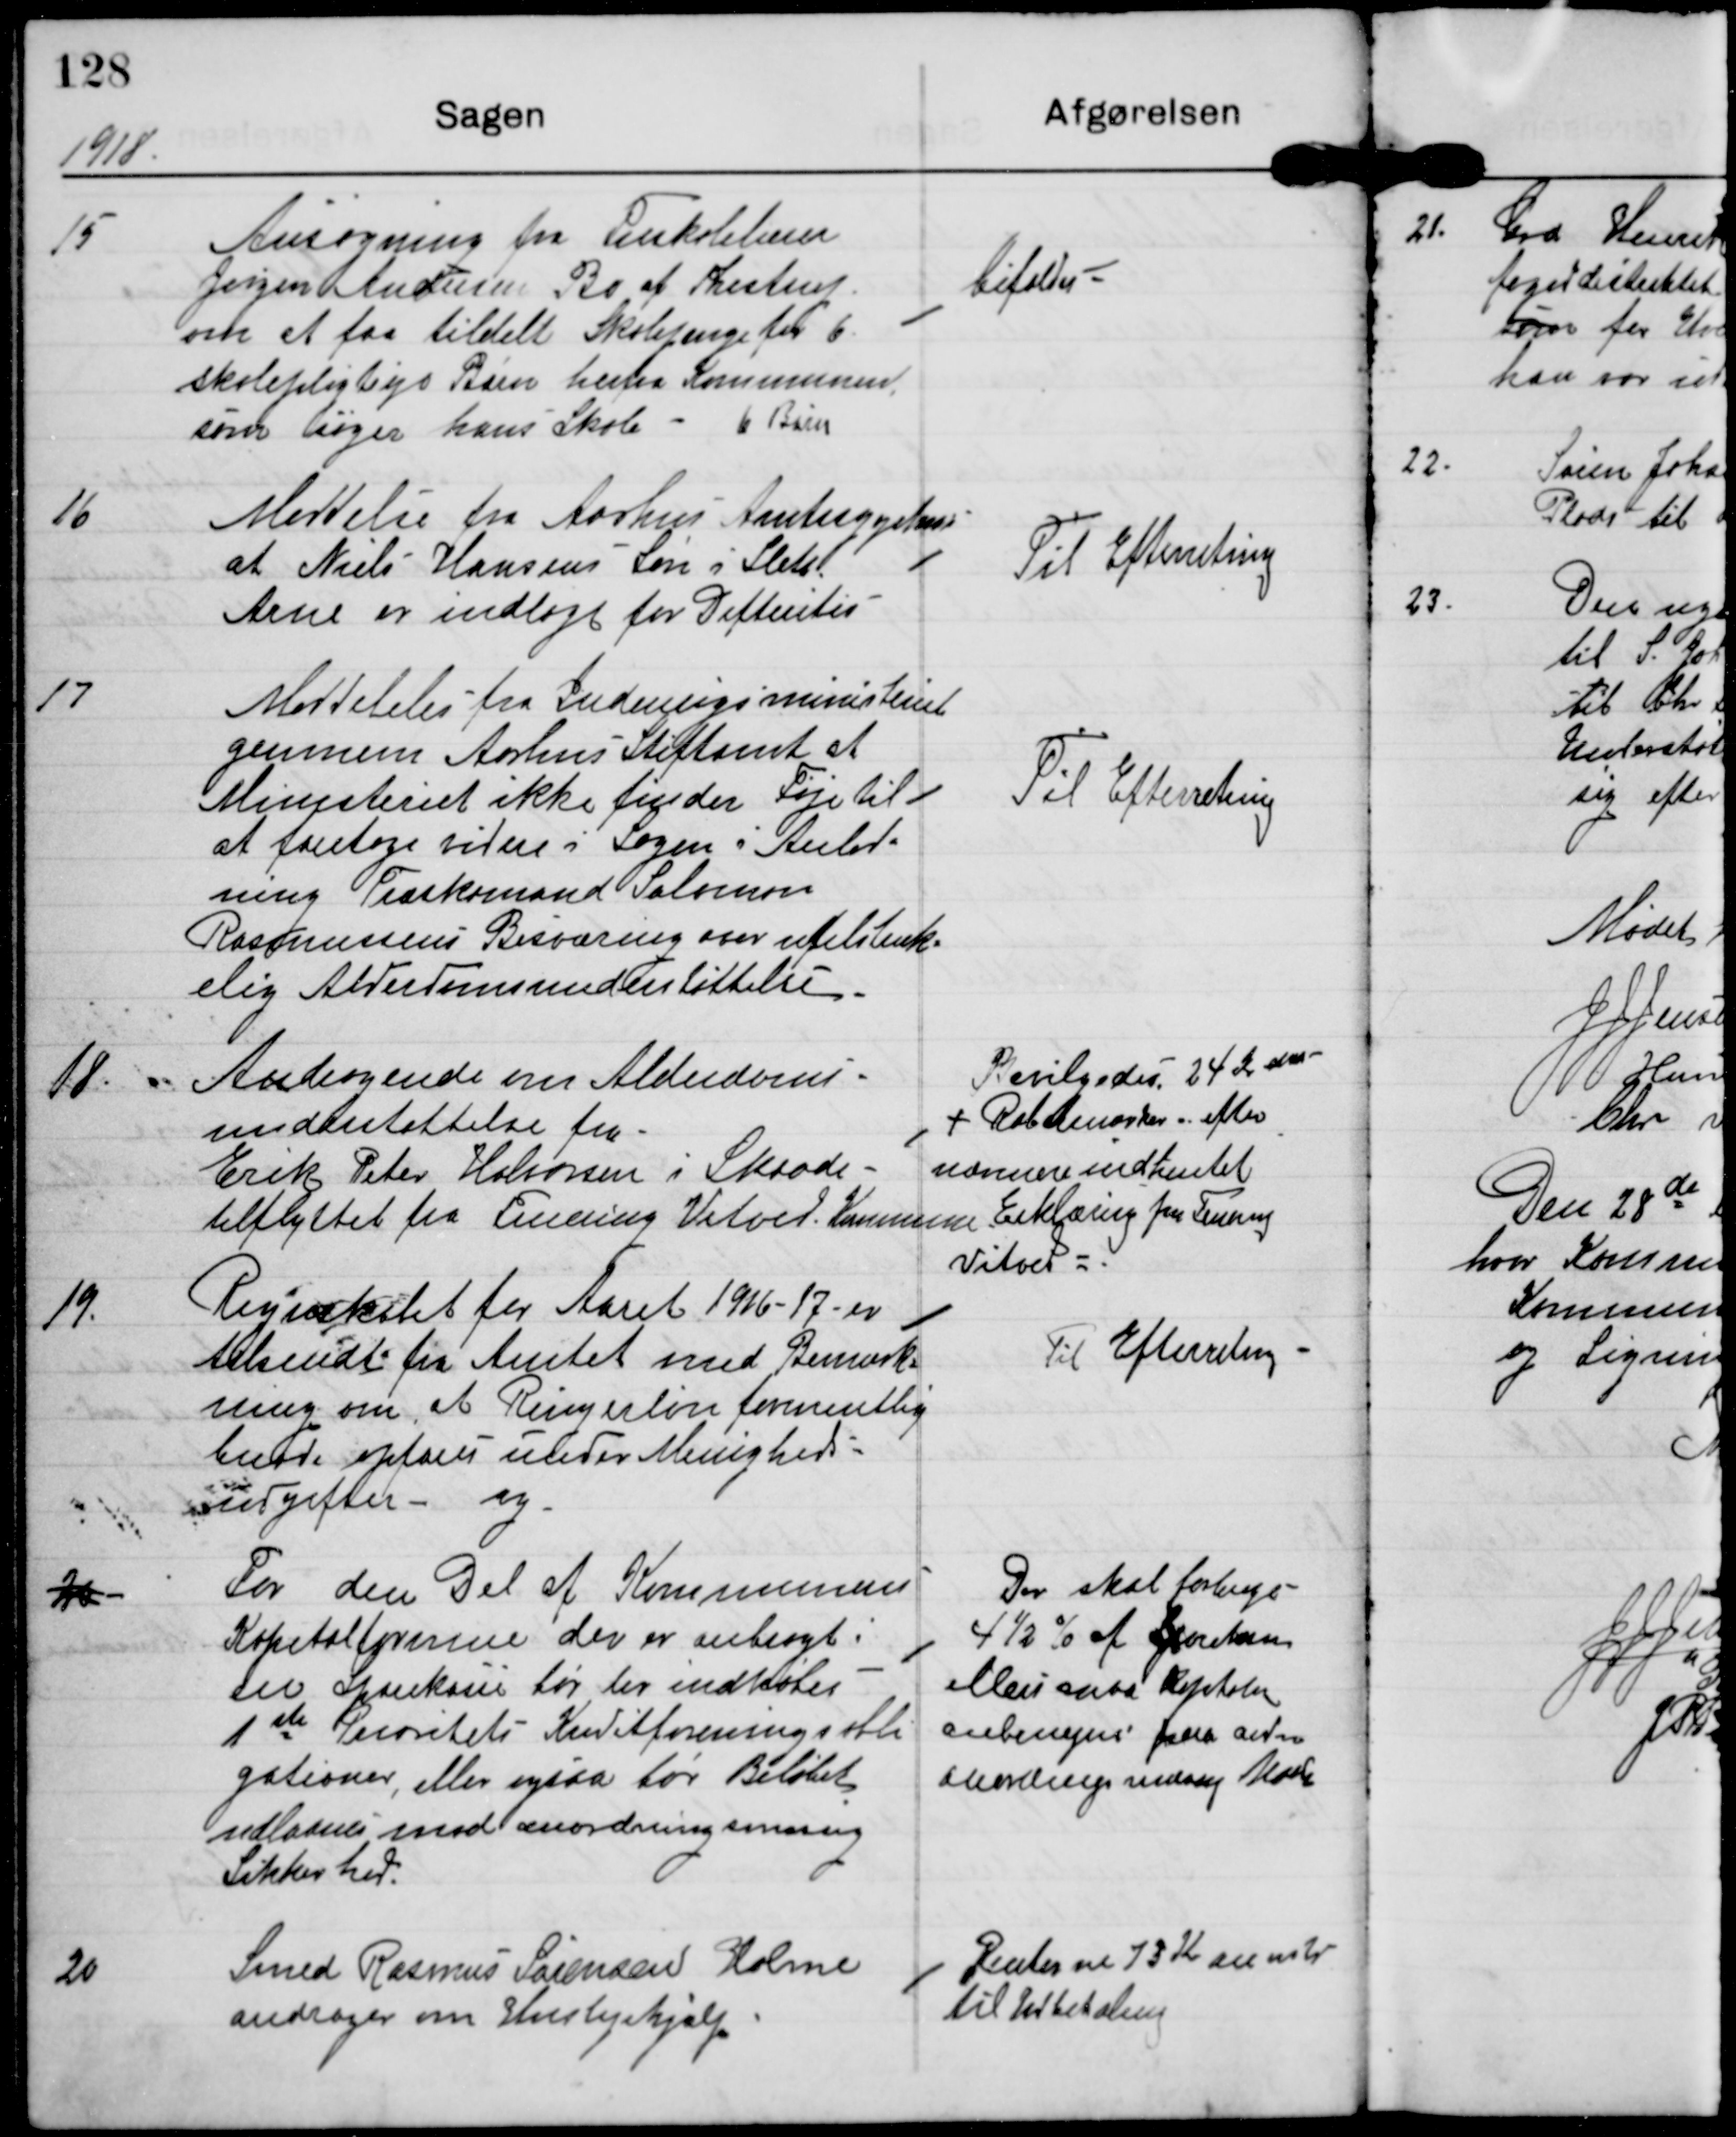
Transskription:
1918

15

Ansøgning fra Forskolelærer
Jørgen Andersen Bo af Thestrup
om at faa tildelt Skolepenge for 6
skolepligtige Børn herfra Kommunen,
som søger hans Skole - 6 Børn

bifaldes

16

Meddelse fra Aarhus Amtssygehus
at Niels Hansens Søn i Sleth
Arne er indlagt for Difteritis.

Til Efterretning

17

Meddelelse fra Indenrigsministeriet
gennem Aarhus Stiftamt at
Ministeriet ikke finder Føje til
at foretage videre i Sagen i Anled-
ning Træskomand Salomon
Rasmussens Besværing over utilstræk-
elig Aldersomsunderstøttelse.

Til Efterretning

18

Andragende om Alderdoms-
understøttelse fra
Erik Peter Halvorsen i Skaade
tilflyttet fra Fruering Vitved Kommune.

Bevilgedes 24 kr. dm
+ Rabatmærker efter
nærmere indhentet
Erklæring fra Fruering
Vitved.

19.

Regnskabet for Aaret 1916-17 er
tilsendt fra Amtet med Bemærk-
ning om at Ringerløn formentlig
burde opføres under Menigheds-
udgifter - og

Til Efterretning

20

For den Del af Kommunens
Kapitalformue, der er anbragt i
en Sparekasse før der indkøbes
1 ste Prioritets Kreditforenings obli-
gationer, eller ogsaa bør Beløbet
udlaanes mod anordningsmæssig
Sikkerhed.

Der skal forbruges
4 1/2% af Sparekassen
ellers maa Kapitalen
anbringes paa andre
almindelig mulig Maade.

20

Smed Rasmus Sørensen Holme
andrager om Huslejehjælp.

Renterne 13 Kr anvises
til Udbetaling